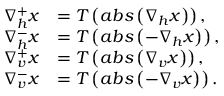
\begin{array} { r l } { \nabla _ { h } ^ { + } \boldsymbol { x } } & { = T \left( a b s \left( \nabla _ { h } \boldsymbol { x } \right) \right) , } \\ { \nabla _ { h } ^ { - } \boldsymbol { x } } & { = T \left( a b s \left( - \nabla _ { h } \boldsymbol { x } \right) \right) , } \\ { \nabla _ { v } ^ { + } \boldsymbol { x } } & { = T \left( a b s \left( \nabla _ { v } \boldsymbol { x } \right) \right) , } \\ { \nabla _ { v } ^ { - } \boldsymbol { x } } & { = T \left( a b s \left( - \nabla _ { v } \boldsymbol { x } \right) \right) . } \end{array}